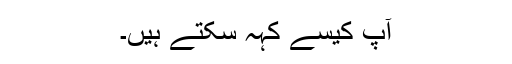
آپ کیسے کہہ سکتے ہیں۔